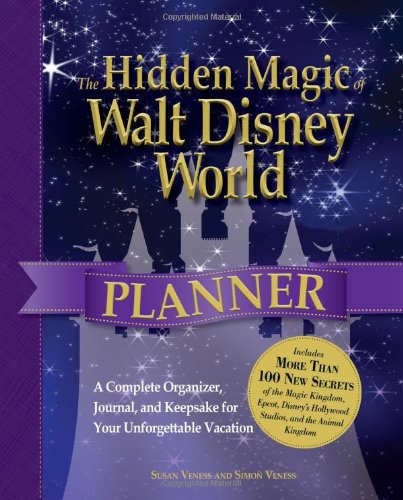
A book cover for The Hidden Magic of Walt Disney World Planner: A Complete Organizer, Journal, and Keepsake for Your Unforgettable Vacation; Susan Veness; Travel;